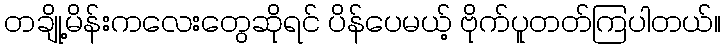
တချို့မိန်းကလေးတွေဆိုရင် ပိန်ပေမယ့် ဗိုက်ပူတတ်ကြပါတယ်။